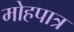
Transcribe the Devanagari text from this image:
मोहपात्र